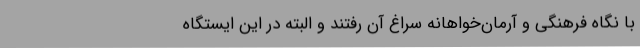
با نگاه فرهنگی و آرمان‌خواهانه سراغ آن رفتند و البته در این ایستگاه